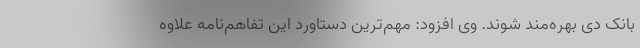
بانک دی بهره‌مند شوند. وی افزود: مهم‌ترین دستاورد این تفاهم‌نامه علاوه